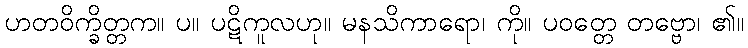
ဟတဝိက္ခိတ္တက။ ပ။ ပဋိကူလဟု။ မနသိကာရော၊ ကို။ ပဝတ္တေ တဗ္ဗော၊ ၏။